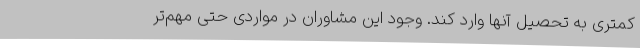
کمتری به تحصیل آنها وارد کند. وجود این مشاوران در مواردی حتی مهم‌تر